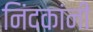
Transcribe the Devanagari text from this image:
निंदकांनी